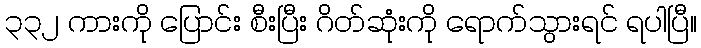
၃၃၂ ကားကို ပြောင်း စီးပြီး ဂိတ်ဆုံးကို ရောက်သွားရင် ရပါပြီ။